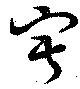
寂